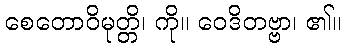
စေတောဝိမုတ္တိ၊ ကို။ ဝေဒိတဗ္ဗာ၊ ၏။